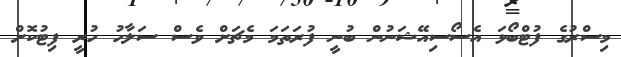
މިސްރުގެ ފުޓްބޯޅަ އެސޯސިއޭޝަނުން ބުނީ ފުރަތަމަ މެޗަށް ވެސް ސަލާހު ހުރީ ފިޓުކޮށް